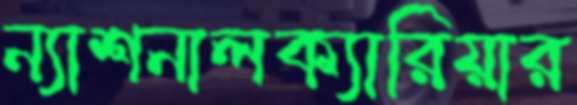
ন্যাশনালক্যারিয়ার